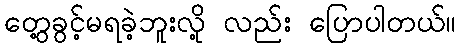
တွေ့ခွင့်မရခဲ့ဘူးလို့ လည်း ပြောပါတယ်။